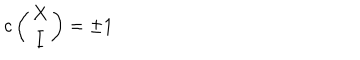
LaTeX: c \left( \begin{matrix} { { X } } \\ { { I } } \\ \end{matrix} \right) = \pm 1